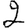
Digit: 2